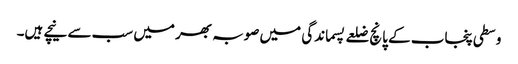
وسطی پنجاب کے پانچ ضلعے پسماندگی میں صوبہ بھر میں سب سے نیچے ہیں۔